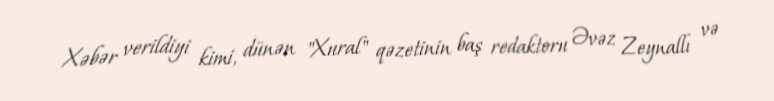
Xəbər verildiyi kimi, dünən "Xural" qəzetinin baş redaktoru Əvəz Zeynallı və